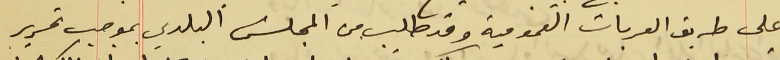
على طريق العربات العمومية وقد طلب من المجلس البلدي بموجب تحرير